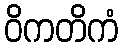
ဝိကတိကံ